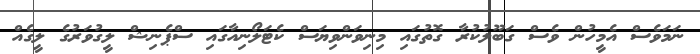
ނަމަވެސް އެމީހުން ވެސް ގަބޫލުކުރާ ގޮތުގައި މިނިވަންވިޔަސް ކެޓަލޯނިއާގައި ސްޕެނިޝް ލީގުވަރުގެ ލީގެއް